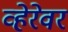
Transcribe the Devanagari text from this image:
व्हेरेवर